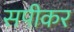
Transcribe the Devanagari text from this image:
सपीकर